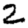
Digit: 2